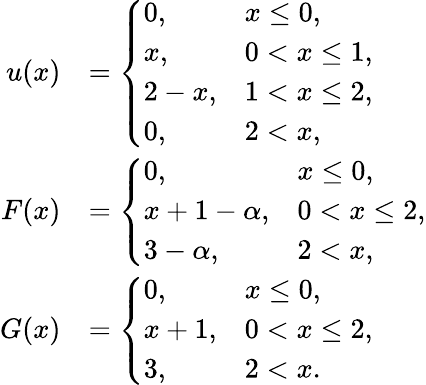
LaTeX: \begin{array}{rl}{u(x)}&{=\left\{ \begin{array}{ll}{0,}&{x\leq 0,}\\ {x,}&{0<x\leq 1,}\\ {2-x,}&{1<x\leq 2,}\\ {0,}&{2<x,}\end{array}\right.}\\ {F(x)}&{=\left\{ \begin{array}{ll}{0,}&{x\leq 0,}\\ {x+1-\alpha,}&{0<x\leq 2,}\\ {3-\alpha,}&{2<x,}\end{array}\right.}\\ {G(x)}&{=\left\{ \begin{array}{ll}{0,}&{x\leq 0,}\\ {x+1,}&{0<x\leq 2,}\\ {3,}&{2<x.}\end{array}\right.}\end{array}